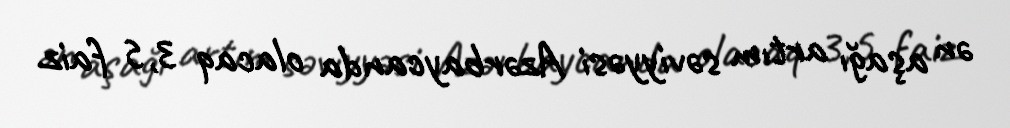
ən aşağı artım səviyyəsi Azərbaycanda olacaq 3,5 faiz.